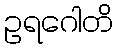
ဥရဂေါတိ